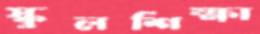
স্কুলশিক্ষা